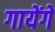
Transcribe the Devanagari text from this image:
गायेंगे